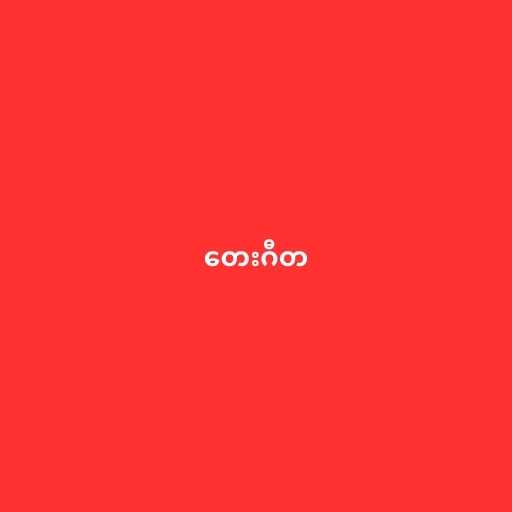
တေးဂီတ